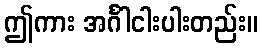
ဤကား အင်္ဂါငါးပါးတည်း။